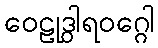
ဝေဠုဒွါရဝဂ္ဂေါ